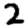
Digit: 2